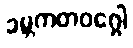
ခမ္ဘကတဝဂ္ဂေါ